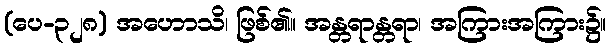
(ပေ-၃၂၈) အဟောသိ၊ ဖြစ်၏။ အန္တရာန္တရာ၊ အကြားအကြား၌။